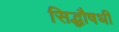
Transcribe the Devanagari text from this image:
सिद्धौषधी